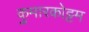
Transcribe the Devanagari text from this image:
कुमारकोट्टम